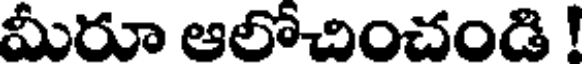
మీరూ ఆలోచించండి !